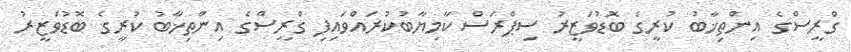
ގްރީސްގެ އިންތިޚާބު ކުރީގެ ބޮޑުވަޒީރު ސިޕްރަސް ކާމިޔާބުކުރައްވައިފި ގްރީސްގެ އިންތިޚާބު ކުރީގެ ބޮޑުވަޒީރު